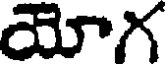
యోగ